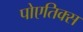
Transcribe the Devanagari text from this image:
पोएतिक्स